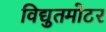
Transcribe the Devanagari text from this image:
विद्युतमोटर